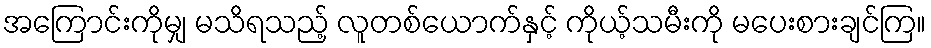
အကြောင်းကိုမျှ မသိရသည့် လူတစ်ယောက်နှင့် ကိုယ့်သမီးကို မပေးစားချင်ကြ။